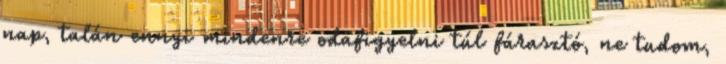
nap, talán ennyi mindenre odafigyelni túl fárasztó, ne tudom,